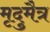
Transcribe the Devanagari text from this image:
मृदुमैत्र